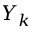
Y _ { k }